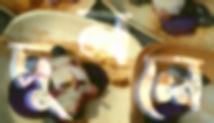
দুললে